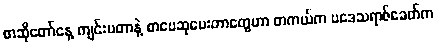
စာဆိုတော်နေ့ ကျင်းပတာနဲ့ စာပေဆုပေးတာတွေဟာ တကယ်က ပဒေသရာဇ်ခေတ်က